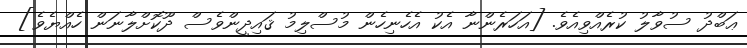
ޢަބްދު ސުވާލު ކުރެއްވިއެވެ. [އަހަރެންނާ އެކު އެހެނިހެން މުސްލިމު ޤައިދީންވެސް ދޫކޮށްލާނަން ހެއްޔެވެ]